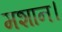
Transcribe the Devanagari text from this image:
मशान।